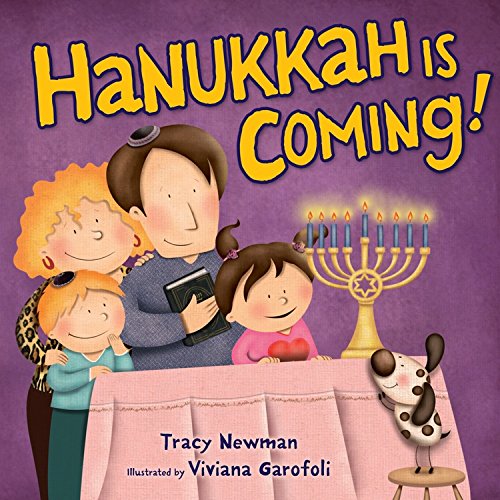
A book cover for Hanukkah Is Coming!; Tracy Newman; Children's Books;